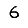
Digit: 6